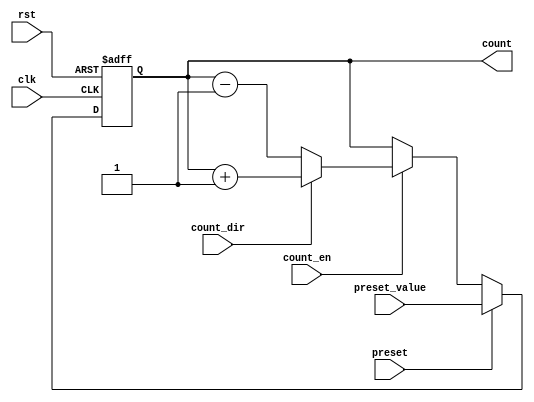
module presettable_counter (
    input wire clk,                // Clock input
    input wire rst,                // Asynchronous reset
    input wire preset,             // Preset signal
    input wire [N-1:0] preset_value, // Value to preset the counter
    input wire count_en,           // Count enable signal
    input wire count_dir,          // Count direction (1 for up, 0 for down)
    output reg [N-1:0] count       // Current counter value
);
    
    parameter N = 8;               // Define the width of the counter (e.g., 8 bits)

    // Asynchronous reset and preset logic
    always @(posedge clk or posedge rst) begin
        if (rst) begin
            count <= 0;            // Reset the counter to 0
        end else if (preset) begin
            count <= preset_value; // Load the preset value
        end else if (count_en) begin
            if (count_dir) begin
                count <= count + 1; // Increment the counter
            end else begin
                count <= count - 1; // Decrement the counter
            end
        end
    end

endmodule